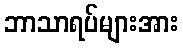
ဘာသာရပ်များအား